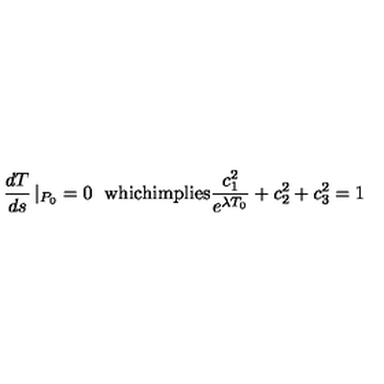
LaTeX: \frac { d T } { d s } \left| _ { P _ { 0 } } = 0 \right. \ \mathrm { w h i c h i m p l i e s } \frac { c _ { 1 } ^ { 2 } } { e ^ { \lambda T _ { 0 } } } + c _ { 2 } ^ { 2 } + c _ { 3 } ^ { 2 } = 1